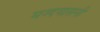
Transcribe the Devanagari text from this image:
मज्दयासनी